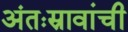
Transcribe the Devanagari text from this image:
अंतःस्रावांची